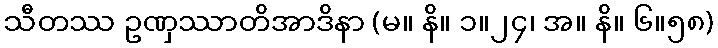
သီတဿ ဥဏှဿာတိအာဒိနာ (မ။ နိ။ ၁။၂၄၊ အ။ နိ။ ၆။၅၈)